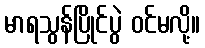
မာရသွန်ပြိုင်ပွဲ ဝင်မလို့။